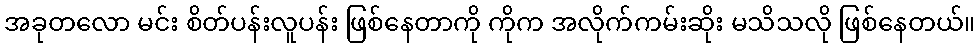
အခုတလော မင်း စိတ်ပန်းလူပန်း ဖြစ်နေတာကို ကိုက အလိုက်ကမ်းဆိုး မသိသလို ဖြစ်နေတယ်။